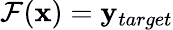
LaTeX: \mathcal{F}(\mathbf{x})=\mathbf{y}_{target}